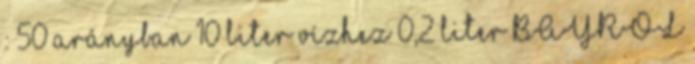
: 50 arányban 10 liter vízhez 0,2 liter BAYROL